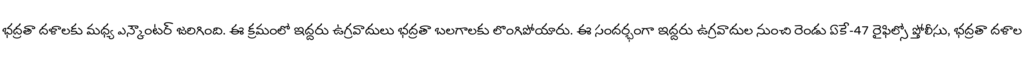
భద్రతా దళాలకు మధ్య ఎన్కౌంటర్ జరిగింది. ఈ క్రమంలో ఇద్దరు ఉగ్రవాదులు భద్రతా బలగాలకు లొంగిపోయారు. ఈ సందర్భంగా ఇద్దరు ఉగ్రవాదుల నుంచి రెండు ఏకే-47 రైఫిల్స్తో పోలీసు, భద్రతా దళాల